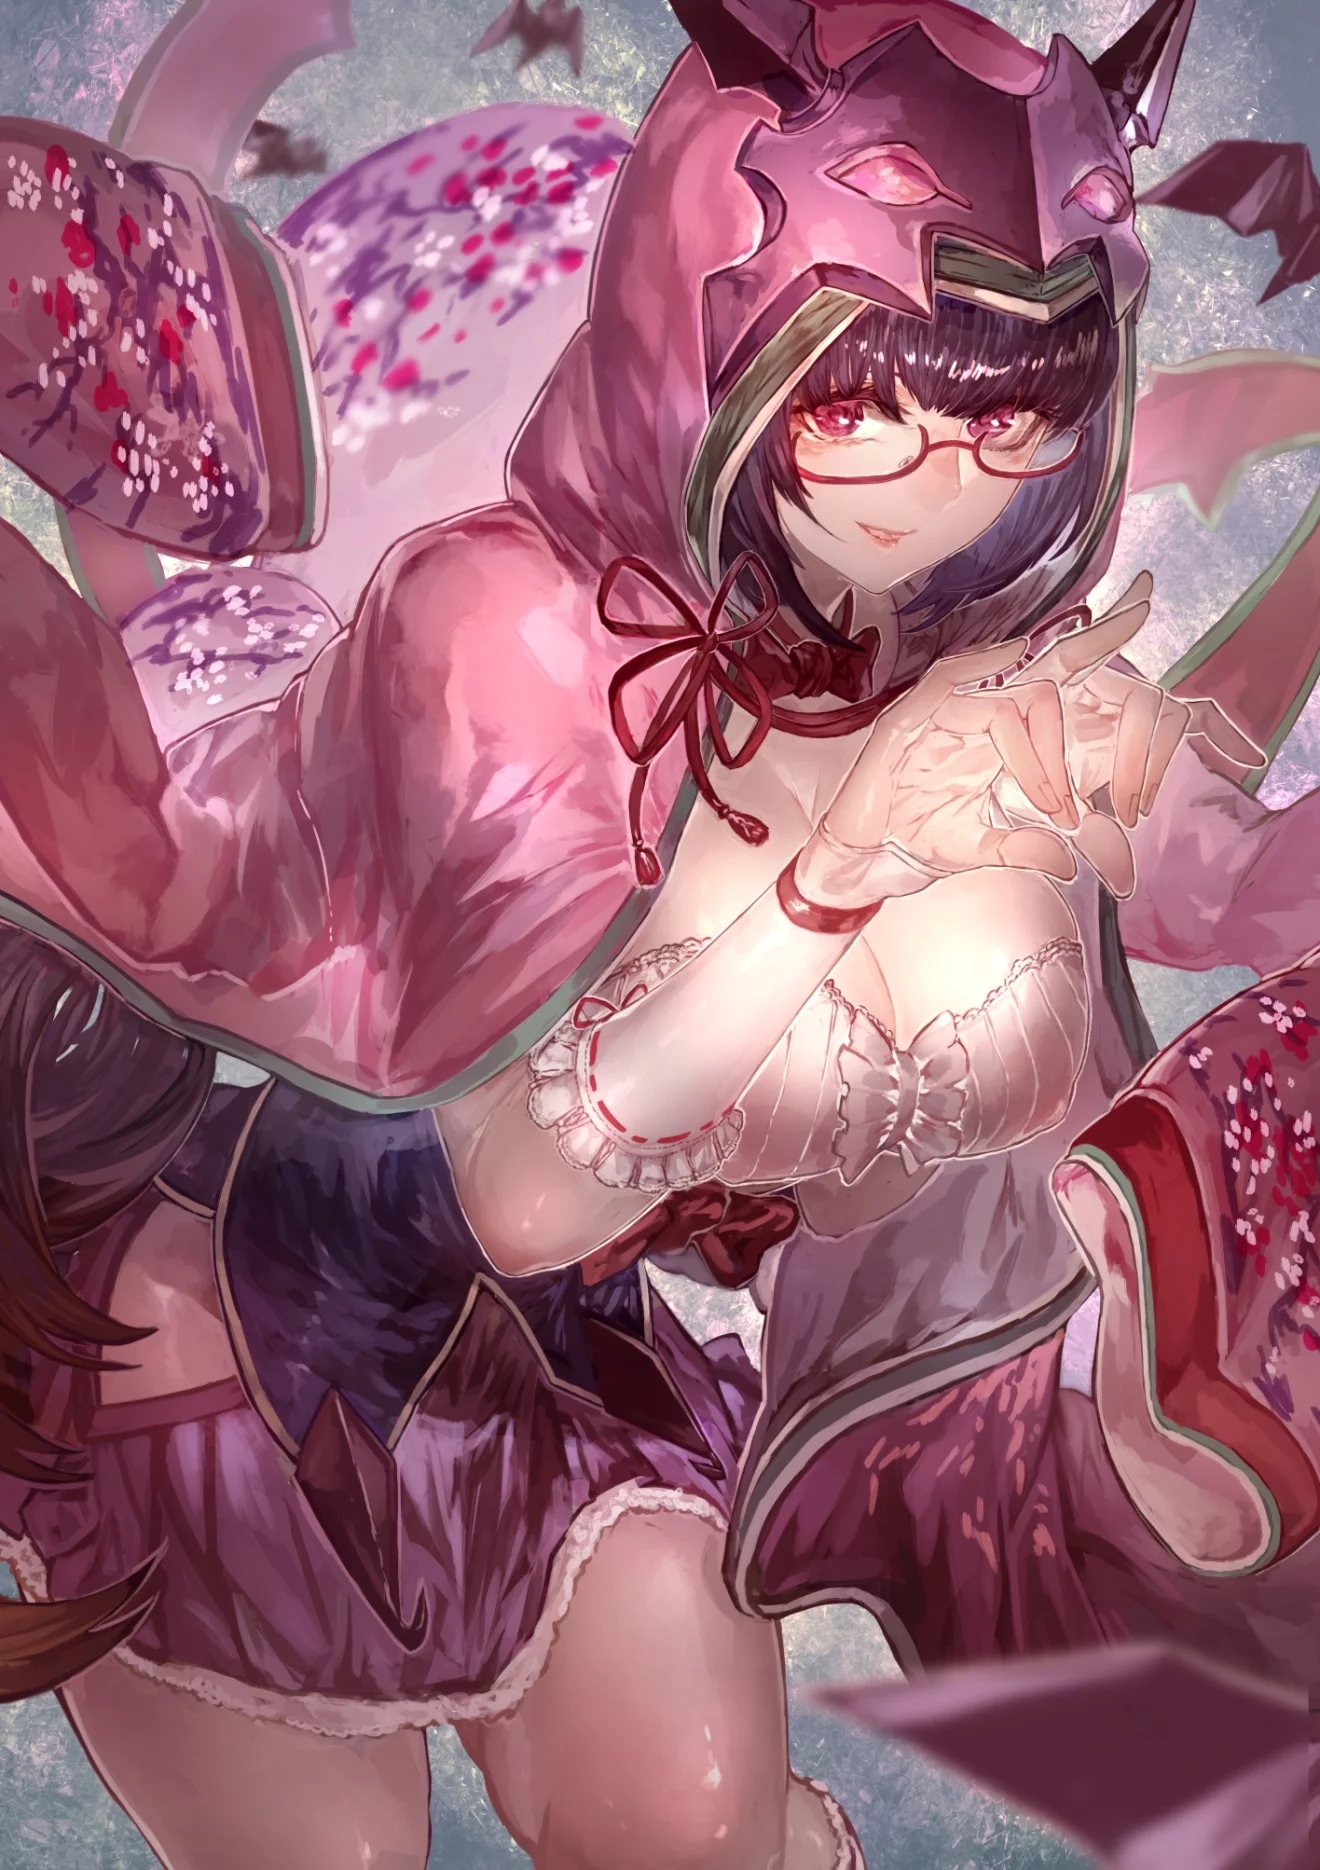
风淅淅，雨纤纤。难怪春愁细细添。